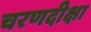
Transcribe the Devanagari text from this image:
चरणदीक्षा